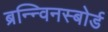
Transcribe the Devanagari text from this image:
ब्रन्न्विनस्बोर्ड